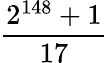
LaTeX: \frac{2^{148}+1}{17}